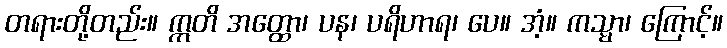
တရားတို့တည်း။ ဣတိ အတ္ထော၊ ပန၊ ပရိဟာရ၊ ပေ။ အံ့။ ကသ္မာ၊ ကြောင့်။